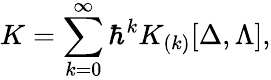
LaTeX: K=\sum_{k=0}^{\infty}\hbar^{k}K_{(k)}[\Delta,\Lambda],